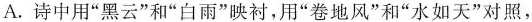
A.诗中用”黑云”和”白雨”映衬，用”卷地风”和”水如天”对照，